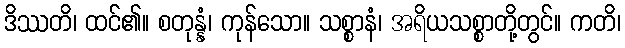
ဒိဿတိ၊ ထင်၏။ စတုန္နံ၊ ကုန်သော။ သစ္စာနံ၊ အရိယသစ္စာတို့တွင်။ ကတိ၊